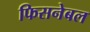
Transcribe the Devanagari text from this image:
फिसनेबल